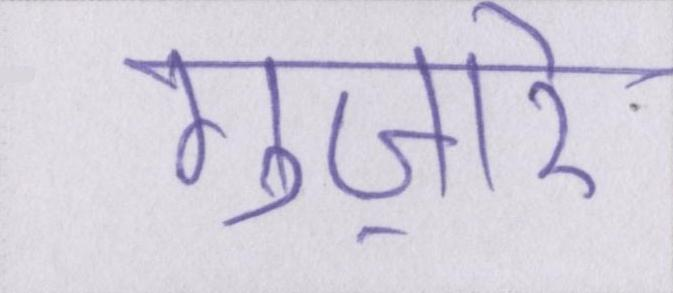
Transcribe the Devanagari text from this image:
गुज़ारे